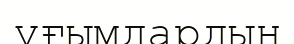
ұғымдардың